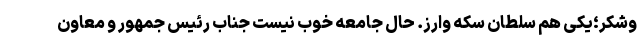
وشکر؛یکی هم سلطان سکه وارز. حال جامعه خوب نیست جناب رئیس جمهور و معاون